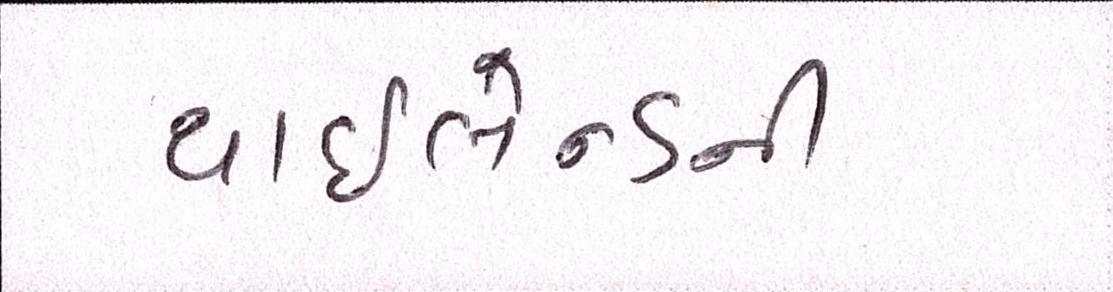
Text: થાઇલેન્ડની